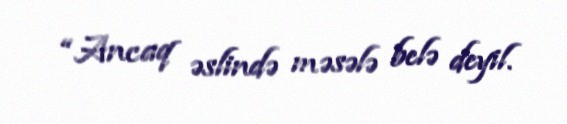
“Ancaq əslində məsələ belə deyil.